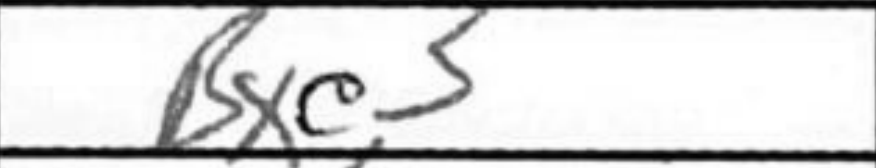
Transcription: Bxe3